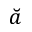
\breve { a }